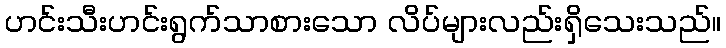
ဟင်းသီးဟင်းရွက်သာစားသော လိပ်များလည်းရှိသေးသည်။